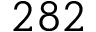
2 8 2